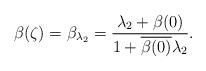
LaTeX: \begin{align*}\beta(\zeta)=\beta_{\lambda_2}=\frac{\lambda_2+\beta(0)}{1+\overline{\beta(0)}\lambda_2}.\end{align*}